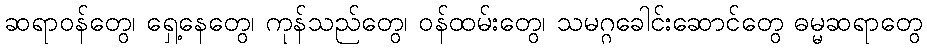
ဆရာဝန်တွေ၊ ရှေ့နေတွေ၊ ကုန်သည်တွေ၊ ဝန်ထမ်းတွေ၊ သမဂ္ဂခေါင်းဆောင်တွေ ဓမ္မဆရာတွေ